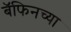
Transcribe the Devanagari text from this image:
बॅफिनच्या